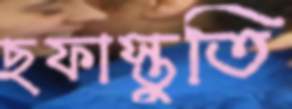
ছফাস্তুতি